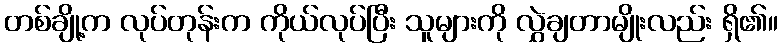
တစ်ချို့က လုပ်တုန်းက ကိုယ်လုပ်ပြီး သူများကို လွှဲချတာမျိုးလည်း ရှိ၏။